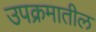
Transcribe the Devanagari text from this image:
उपक्रमातील